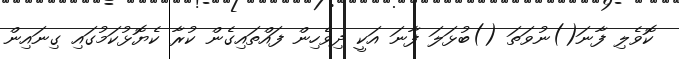
ކޮވެލި ފާނަ()ނުވަތަ ()ބުޅަލަ ފާނަ އަކީ ދިވެހިން ފައްތައިގެން ކުރާ ކެޔޮޅުކަމުގައި ގިނައިން